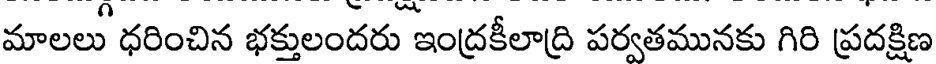
మాలలు ధరించిన భక్తులందరు ఇంద్రకీలాద్రి పర్వతమునకు గిరి ప్రదక్షిణ